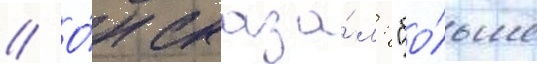
// О́н сказа́л: "бо́льше